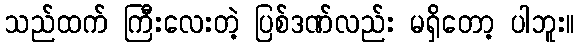
သည်ထက် ကြီးလေးတဲ့ ပြစ်ဒဏ်လည်း မရှိတော့ ပါဘူး။